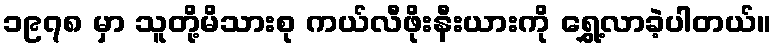
၁၉၇၈ မှာ သူတို့မိသားစု ကယ်လီဖိုးနီးယားကို ရွှေ့လာခဲ့ပါတယ်။